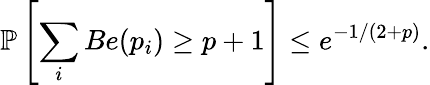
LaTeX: \mathbb{P}\left[\sum_{i}Be(p_{i})\ge p+1\right]\le e^{-1/(2+p)}.